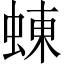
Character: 蝀